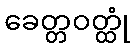
ခေတ္တဝတ္ထုံ